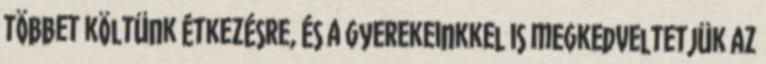
többet költünk étkezésre, és a gyerekeinkkel is megkedveltetjük az